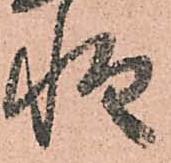
惶